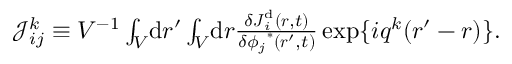
\begin{array} { r } { \mathcal { J } _ { i j } ^ { k } \equiv V ^ { - 1 } \int _ { V } \! \mathrm { d } \boldsymbol { r } ^ { \prime } \int _ { V } \! \mathrm { d } \boldsymbol { r } \frac { \delta \boldsymbol { J } _ { i } ^ { \mathrm { d } } ( \boldsymbol { r } , t ) } { \delta { \phi _ { j } } ^ { * } ( \boldsymbol { r } ^ { \prime } , t ) } \, \mathrm { e x p } \{ i \boldsymbol { q } ^ { k } ( \boldsymbol { r } ^ { \prime } - \boldsymbol { r } ) \} . } \end{array}